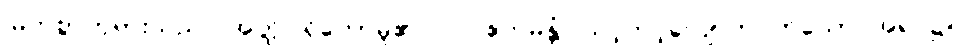
မြတ်စွာဘုရားသည်။ အတ္ထိ၊ ရှိတော်မူ၏။ ပ။ ဧကမန္တံ၊ သင့်တင့်လျောက်ပတ်သော အရပ်၌။